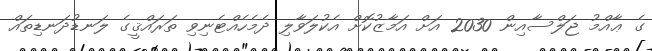
ގެ ޢާއްމު ޖަލްސާއިން 2030 އަށް އަމާޒުކޮށް އެކުލަވާލި ދެމެހެއްޓެނިވި ތަރައްޤީގެ ލަނޑުދަނޑިތައް